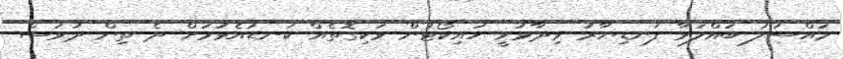
މައްސަލަ ބައްލަވާ ފަނޑިޔާރު ވިދާޅުވީ ހައިކޯޓުން ވަކިގޮތެއް ކަނޑައެޅުމަށް ދެ ތިން ދުވަސް